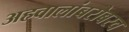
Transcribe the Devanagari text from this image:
अहवालांबरोबरच